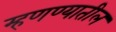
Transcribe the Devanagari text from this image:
म्हणण्यातील